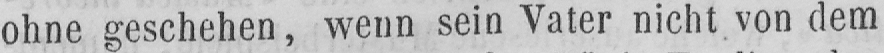
ohne geschehen, wenn sein Vater nicht von dem